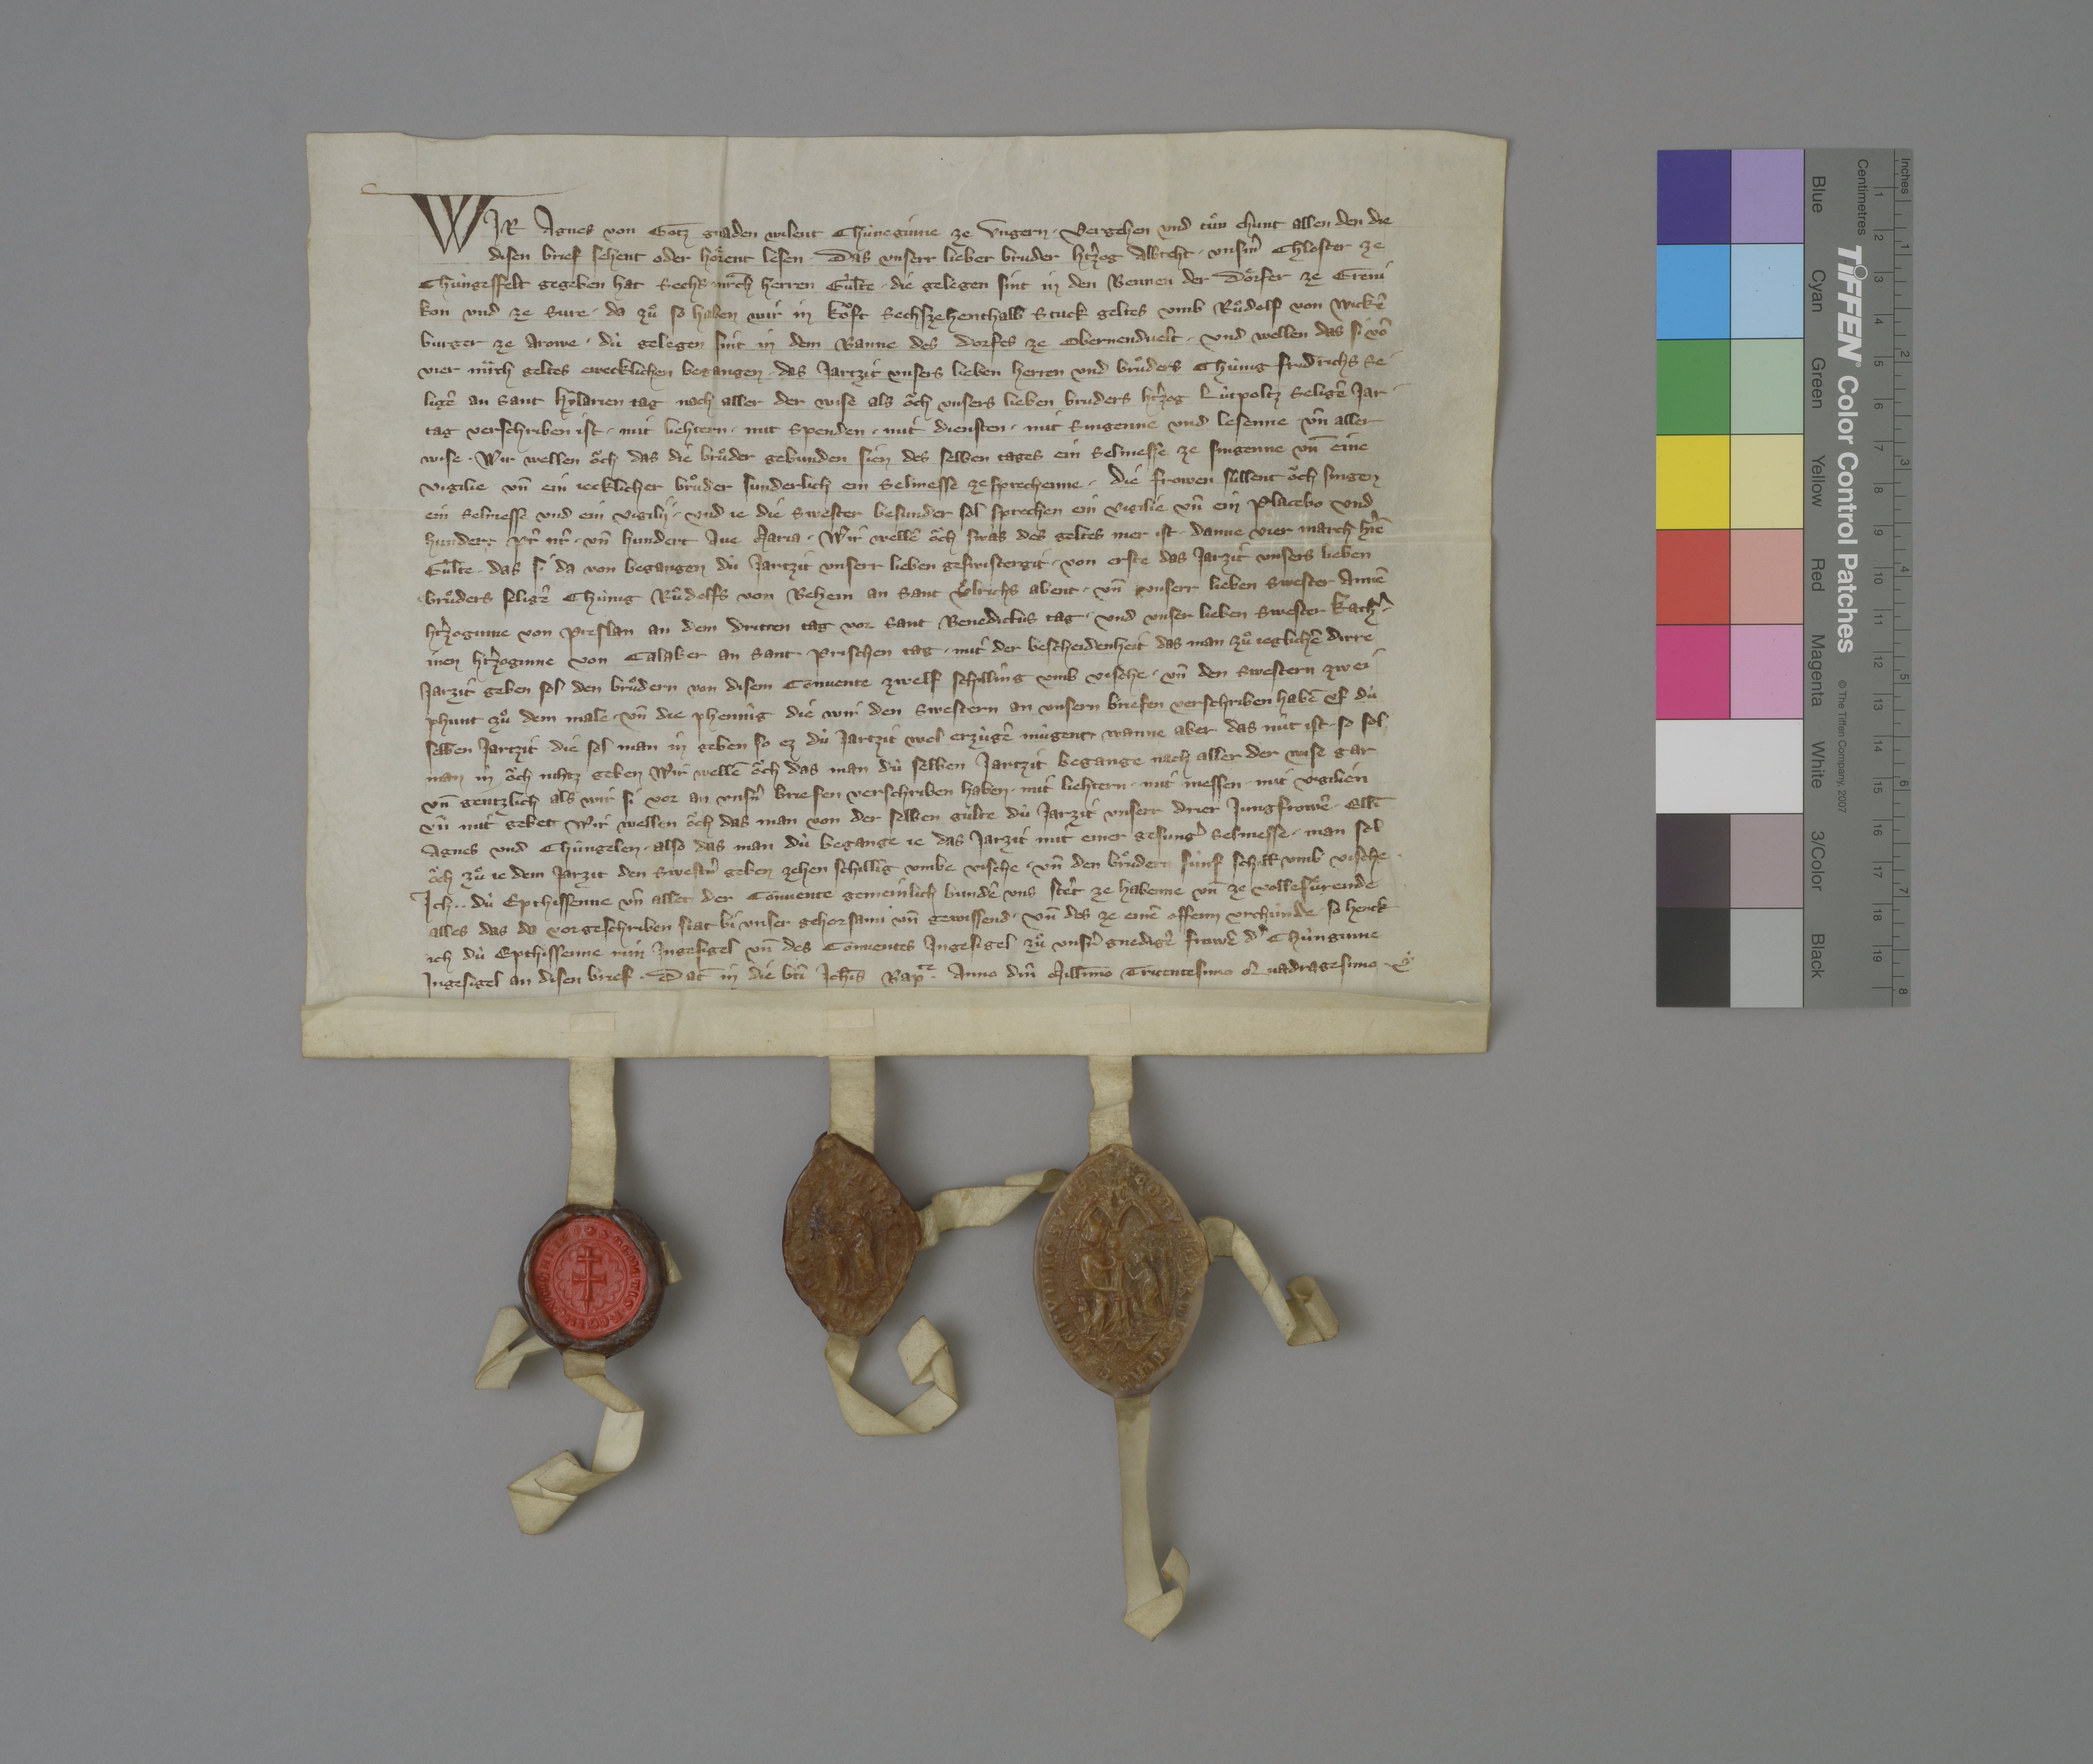
Wir, Agnes, von gotz gnaden wilent chùneginne ze Ungern, ✳ vergehen und tuͦn chunt allen den, die
disen brief sehent oder hoͤrent lesen, ✳ das unserr lieber bruder hˀtzog Albreht ✳ unsˀm chloster ze
Chùngesfelt gegeben hat sechs mrͣch herren gùlte, ✳ die gelegen sint in den bennen der doͤrfer ze Greni-
kon und ze Sure. ✳ da zuͦ so haben wir in koͧft sechszehenthalb stuck geltes umb Ruͦdolf von Wickē,
burger ze Arowe, ✳ dù gelegen sint in dem banne des dorfes ze Obernendvelt, ✳ und wellen, das si vō
vier mͣrch geltes ewecklichen begangen ✳ das jartzit unsers lieben herren und bruͦders chùnig Fridrichs, se¬
ligē, an sant Hylarien tag nach aller der wise als oͧch unsers lieben bruders hˀtzog Lùtpoltz, seligē, jar¬
tag verschriben ist, ✳ mit lichtern, ✳ mit spenden, ✳ mit diensten, ✳ mit singenne und lesenne ✳ un̄ aller
wise. ✳ wir wellen oͧch, das die bruͦder gebunden sien des selben tages ein selmesse ze singenne un̄ eine
vigilie ✳ un̄ ein jecklicher bruͦder sunderlich ein selmesse zesprechenne. ✳ die frowen sùllent oͧch singen
ein selmesse und ein vigily ✳ und je die swester besunder sol sprechen ein vigilie un̄ ein placebo und
hundert pˀr nˀr ✳ un̄ hundert ave Maria. ✳ wir wellē oͧch swas des geltes mer ist ✳ danne vier march hˀrē
gûlte, ✳ das sie da von begangen dù jartzit unserr lieben geswistergit, ✳ von erste das jarzit unsers lieben
bruͦders, seligē, chùng Ruͦdolfs von Behein, an sant Uͦlrichs abent, ✳ un̄ unserr lieben swester Annē,
htˀzoginne von Preslau, an dem dritten tag vor sant Benedictus tag ✳ und unser lieben swester Kathˀ¬
inen, htˀzoginne von Calaber, an sant Prischen tag, ✳ mit der bescheidenheit, das man zuͦ jeglichē dirre
jarzit geben sol den bruͦdern von disem convente zwelf schilling umb vische ✳ un̄ den swestern zwei
phunt zuͦ dem male, ✳ un̄ die phennig, die wir den swestern an unsern briefen verschriben habē uf dù
selben jarzit, ✳ die sol man in geben so ez dù jartzit wol erzùgē mùgent. wanne aber das nût ist, ✳ so sol
man in oͧch nichtz geben. ✳ wir wellē oͧch, das man dù selben jartzit begange nach aller der wise gar
un̄ gentzlich als wir si vor an unsˀn briefen verschriben haben, ✳ mit lichtern, ✳ mit messen, ✳ mit vigilien
un̄ mit gebett. ✳ wir wellen oͧch, das man von der selben gùlte dù jarzit von unserr drier jungfrowē Elsi,
Agnes und Chûngelen, ✳ also das man dù begange je das jarzit mit einer gesungˀ selmesse. ✳ man sol
oͧch zuͦ je dem jarzit den swestˀn geben zehen schillig umbe vische ✳ un̄ den bruͦdern fùnf schill̄ umb vische. ✳
ich, ✳ ✳ dù epthissenne, un̄ aller der convente gemeinlich bundē uns steˀt ze habenne un̄ ze vollefuͤrende
alles, das da vorgeschriben stat bi unser gehorsami un̄ gewissend ✳ un̄ des ze einē offenn urchunde, ✳ so henck
ich, dù epthissenne, min ingesigel un̄ des conventes ingesigel zuͦ unsrˀ gnedigē frowē, dˀ chûnginne,
ingesigel an disen brief, ✳ dat̄ in die bti Iohīs Bapte ✳ anno dn̄i millīmo tricentesimo quadragesimo. ✳